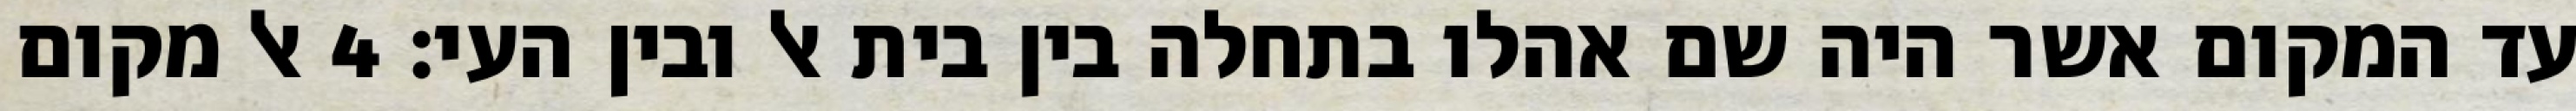
עד המקום אשר היה שם אהלו בתחלה בין בית אל ובין העי׃ ‎4‏ אל מקום